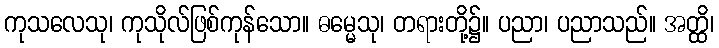
ကုသလေသု၊ ကုသိုလ်ဖြစ်ကုန်သော။ ဓမ္မေသု၊ တရားတို့၌။ ပညာ၊ ပညာသည်။ အတ္ထိ၊